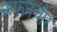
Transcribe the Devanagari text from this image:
कफनचोर